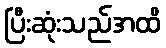
ပြီးဆုံးသည်အထိ